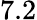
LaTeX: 7.2